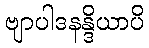
ဗျာပါဒနန္ဒိယာပိ